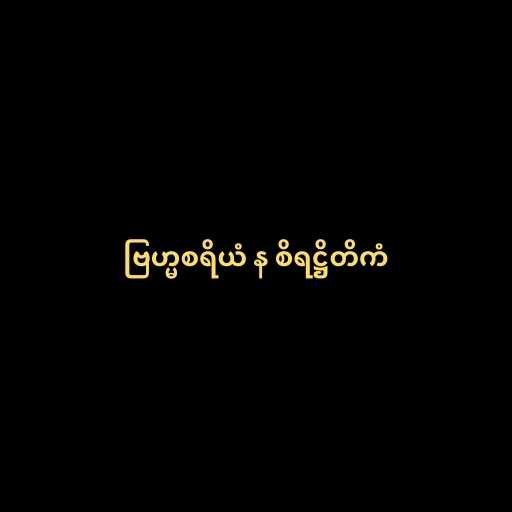
ဗြဟ္မစရိယံ န စိရဋ္ဌိတိကံ